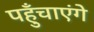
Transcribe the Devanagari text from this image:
पहुँचाएंगे